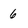
Character: 6